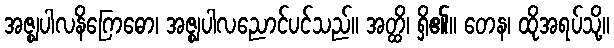
အဇ္ဈပါလနိဂြောဓော၊ အဇ္ဈပါလညောင်ပင်သည်။ အတ္ထိ၊ ရှိ၏။ တေန၊ ထိုအရပ်သို့။